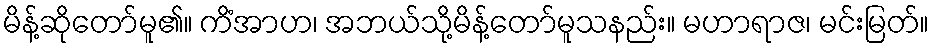
မိန့်ဆိုတော်မူ၏။ ကိံအာဟ၊ အဘယ်သို့မိန့်တော်မူသနည်း။ မဟာရာဇ၊ မင်းမြတ်။